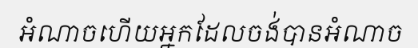
អំណាចហើយអ្នកដែលចង់បានអំណាច